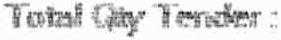
TOTAL QTY TENDER :